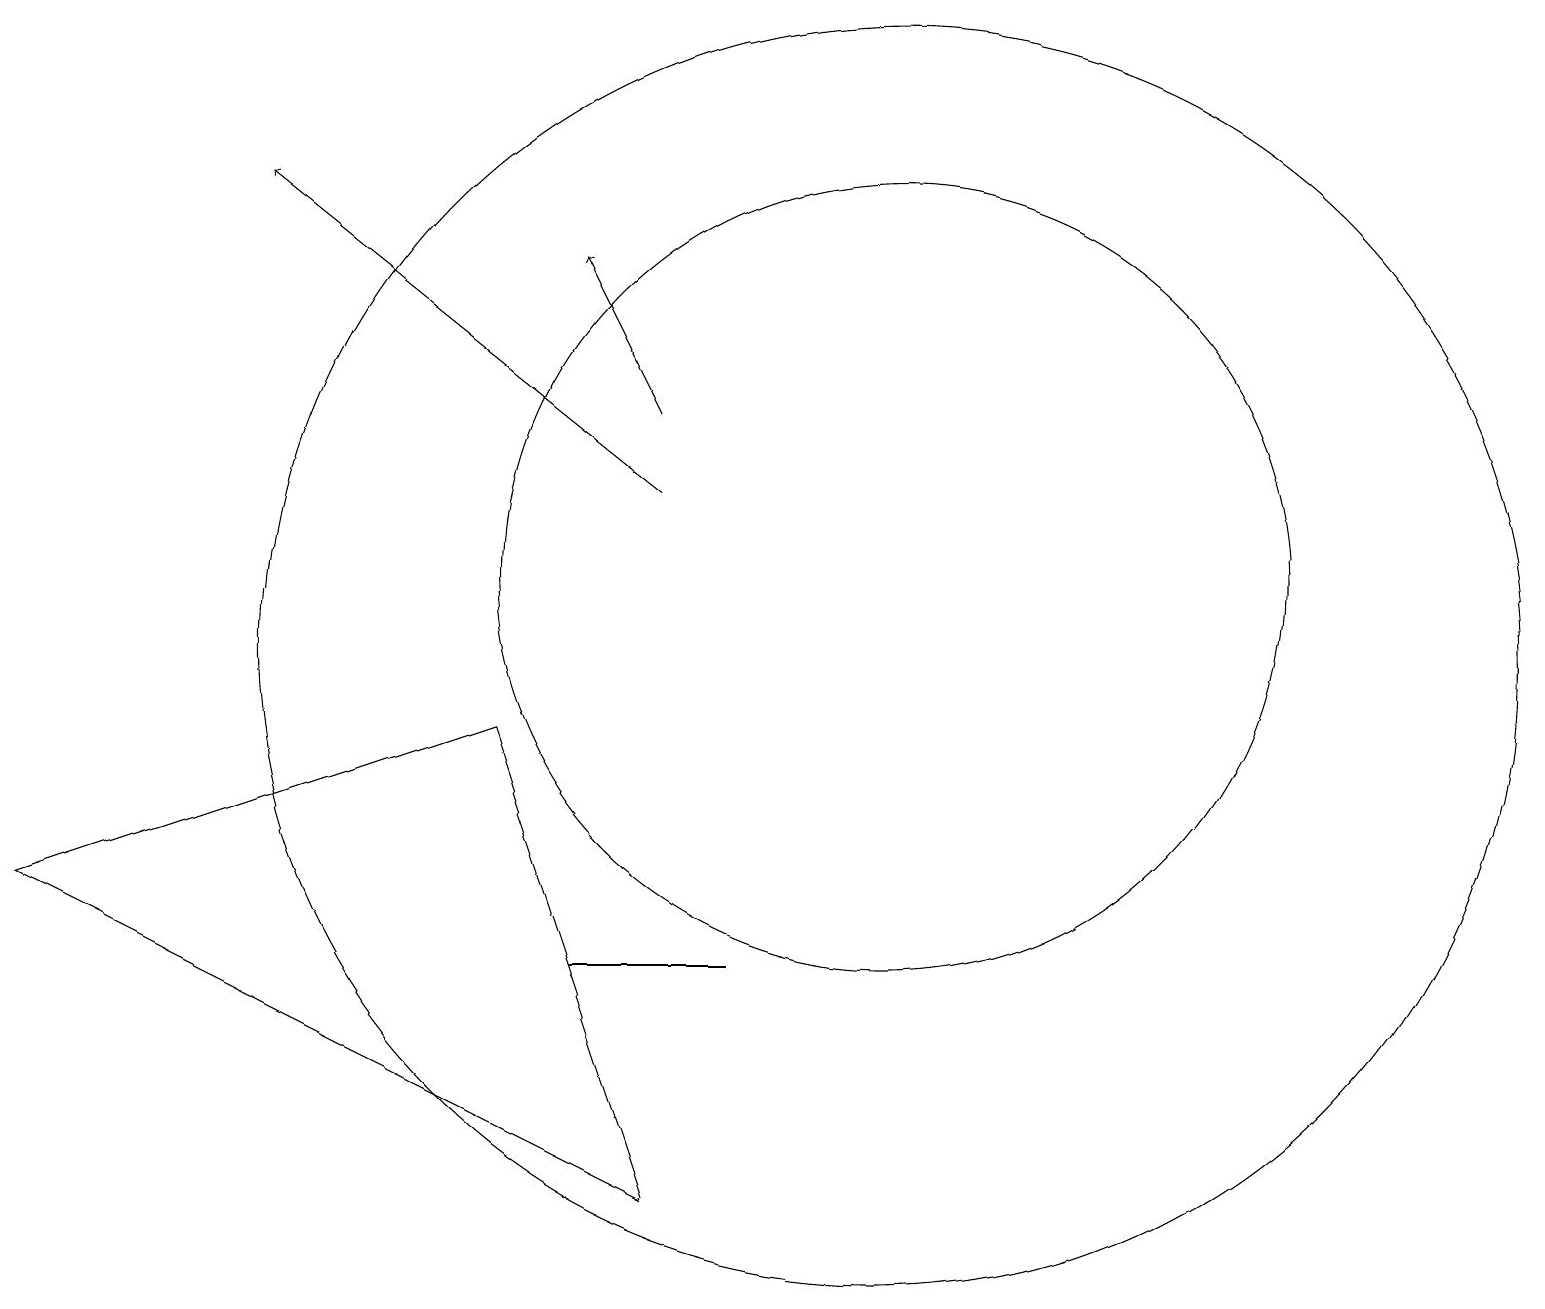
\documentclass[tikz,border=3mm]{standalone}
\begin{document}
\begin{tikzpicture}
\draw (11,11) circle (5);
\draw[->] (8,13) -- (7,15);
\draw (6,9) -- (8,3) -- (0,7) -- cycle;
\draw (7,6) -- (8,6) -- (9,6) -- cycle;
\draw[->] (8,12) -- (3,16);
\draw (11,10) circle (8);
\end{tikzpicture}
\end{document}